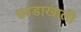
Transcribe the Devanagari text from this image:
छाडाखाली